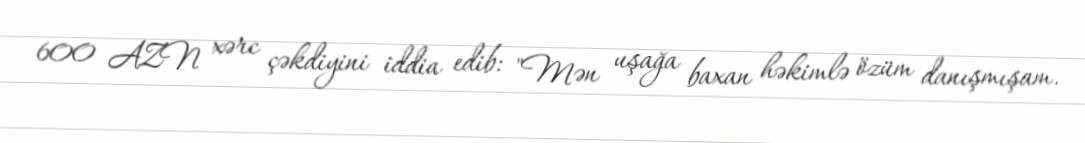
600 AZN xərc çəkdiyini iddia edib: "Mən uşağa baxan həkimlə özüm danışmışam.